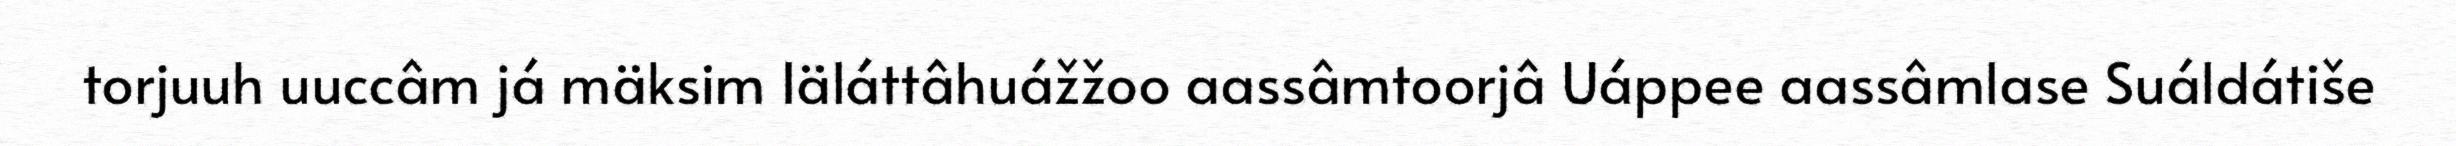
torjuuh uuccâm já mäksim Iäláttâhuážžoo aassâmtoorjâ Uáppee aassâmlase Suáldátiše